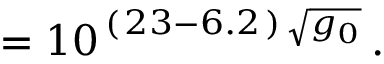
\: = 1 0 ^ { \, ( \, 2 3 - 6 . 2 \, ) \, \sqrt { g _ { 0 } } } \, . \: